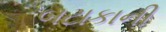
બટાકાની